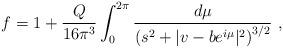
LaTeX: \begin{align*}f=1 + \frac{Q}{16\pi^3}\int_0^{2\pi}\frac{d\mu}{\left(s^2+|v-be^{i\mu}|^2\right)^{3/2}} \ ,\end{align*}